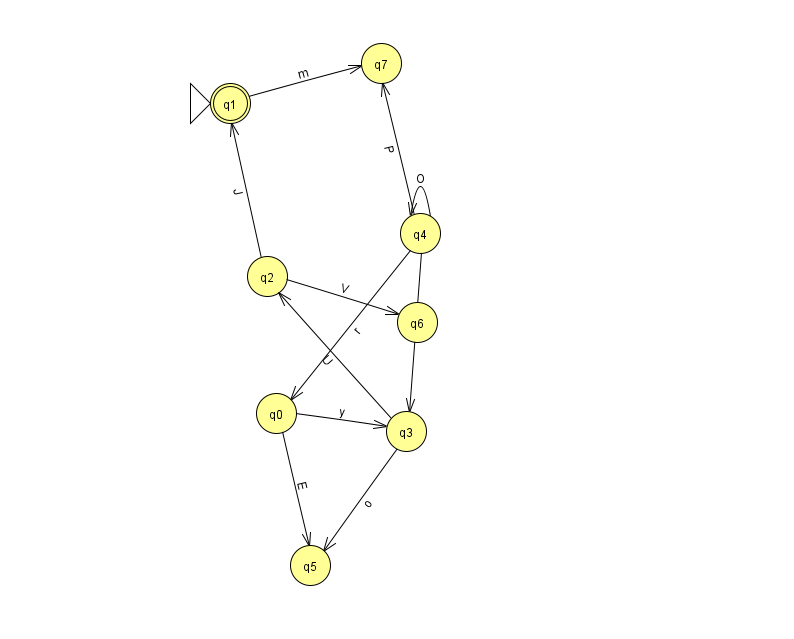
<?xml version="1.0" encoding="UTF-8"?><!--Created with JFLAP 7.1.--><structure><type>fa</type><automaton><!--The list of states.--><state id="0" name="q0"><x>276.0</x><y>400.0</y></state><state id="1" name="q1"><x>230.0</x><y>90.0</y><initial/><final/></state><state id="2" name="q2"><x>267.0</x><y>263.0</y></state><state id="3" name="q3"><x>406.0</x><y>418.0</y></state><state id="4" name="q4"><x>420.0</x><y>220.0</y></state><state id="5" name="q5"><x>310.0</x><y>552.0</y></state><state id="6" name="q6"><x>417.0</x><y>309.0</y></state><state id="7" name="q7"><x>381.0</x><y>50.0</y></state><!--The list of transitions.--><transition><from>2</from><to>6</to><read>V</read></transition><transition><from>0</from><to>5</to><read>E</read></transition><transition><from>4</from><to>3</to><read>l</read></transition><transition><from>0</from><to>3</to><read>y</read></transition><transition><from>3</from><to>5</to><read>o</read></transition><transition><from>4</from><to>0</to><read>r</read></transition><transition><from>2</from><to>1</to><read>J</read></transition><transition><from>3</from><to>2</to><read>U</read></transition><transition><from>1</from><to>7</to><read>m</read></transition><transition><from>4</from><to>7</to><read>P</read></transition><transition><from>4</from><to>4</to><read>O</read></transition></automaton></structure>